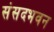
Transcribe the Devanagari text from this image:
संसदभवन